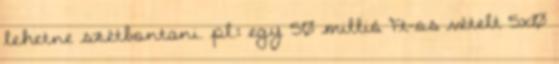
lehetne szétbontani. pl.: egy 50 millió Ft-os vételt 5x10